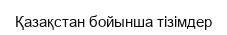
Қазақстан бойынша тізімдер